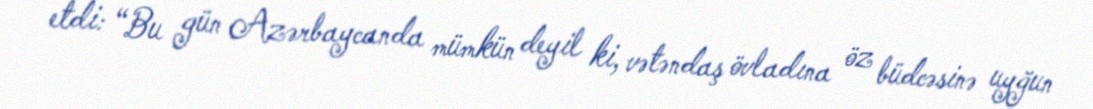
etdi: “Bu gün Azərbaycanda mümkün deyil ki, vətəndaş övladına öz büdcəsinə uyğun